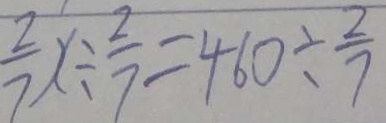
\frac { 2 } { 7 } x \div \frac { 2 } { 7 } = 4 6 0 \div \frac { 2 } { 7 }